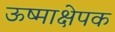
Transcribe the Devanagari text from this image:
ऊष्माक्षेपक